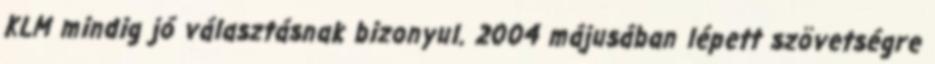
KLM mindig jó választásnak bizonyul. 2004 májusában lépett szövetségre